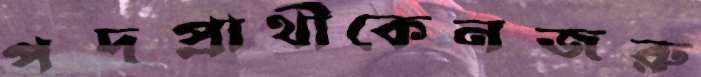
পদপ্রার্থীকেনজরু